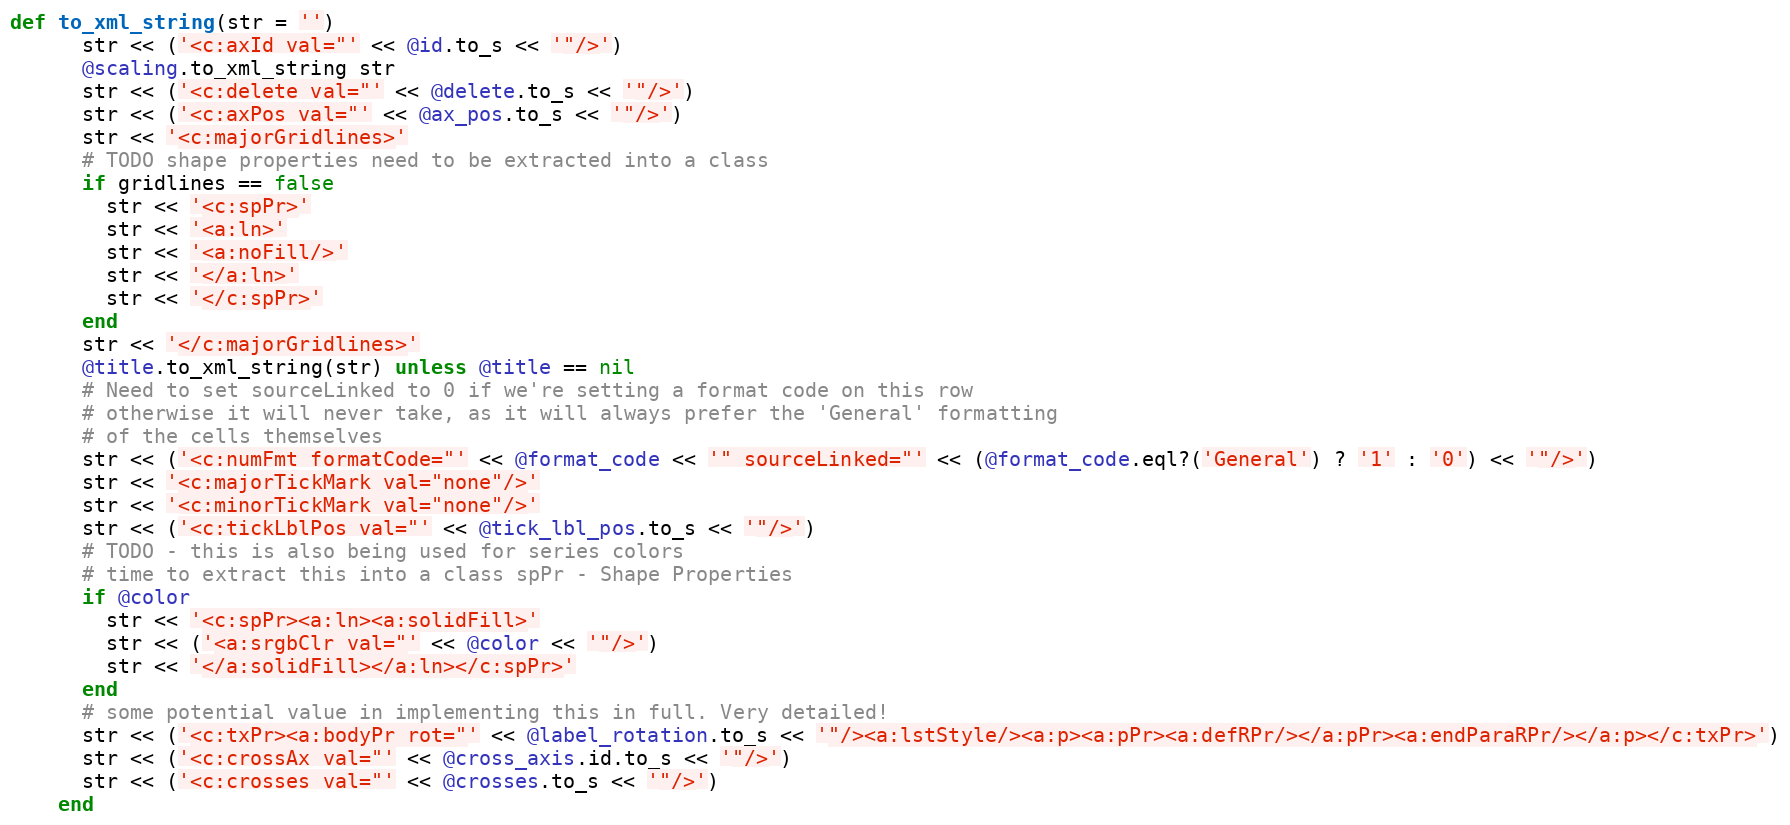
Language: Ruby
def to_xml_string(str = '')
      str << ('<c:axId val="' << @id.to_s << '"/>')
      @scaling.to_xml_string str
      str << ('<c:delete val="' << @delete.to_s << '"/>')
      str << ('<c:axPos val="' << @ax_pos.to_s << '"/>')
      str << '<c:majorGridlines>'
      # TODO shape properties need to be extracted into a class
      if gridlines == false
        str << '<c:spPr>'
        str << '<a:ln>'
        str << '<a:noFill/>'
        str << '</a:ln>'
        str << '</c:spPr>'
      end
      str << '</c:majorGridlines>'
      @title.to_xml_string(str) unless @title == nil
      # Need to set sourceLinked to 0 if we're setting a format code on this row
      # otherwise it will never take, as it will always prefer the 'General' formatting
      # of the cells themselves
      str << ('<c:numFmt formatCode="' << @format_code << '" sourceLinked="' << (@format_code.eql?('General') ? '1' : '0') << '"/>')
      str << '<c:majorTickMark val="none"/>'
      str << '<c:minorTickMark val="none"/>'
      str << ('<c:tickLblPos val="' << @tick_lbl_pos.to_s << '"/>')
      # TODO - this is also being used for series colors
      # time to extract this into a class spPr - Shape Properties
      if @color
        str << '<c:spPr><a:ln><a:solidFill>'
        str << ('<a:srgbClr val="' << @color << '"/>')
        str << '</a:solidFill></a:ln></c:spPr>'
      end
      # some potential value in implementing this in full. Very detailed!
      str << ('<c:txPr><a:bodyPr rot="' << @label_rotation.to_s << '"/><a:lstStyle/><a:p><a:pPr><a:defRPr/></a:pPr><a:endParaRPr/></a:p></c:txPr>')
      str << ('<c:crossAx val="' << @cross_axis.id.to_s << '"/>')
      str << ('<c:crosses val="' << @crosses.to_s << '"/>')
    end